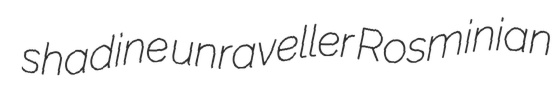
shadine unraveller Rosminian